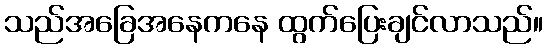
သည်အခြေအနေကနေ ထွက်ပြေးချင်လာသည်။